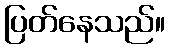
ပြတ်နေသည်။